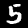
Label: 5